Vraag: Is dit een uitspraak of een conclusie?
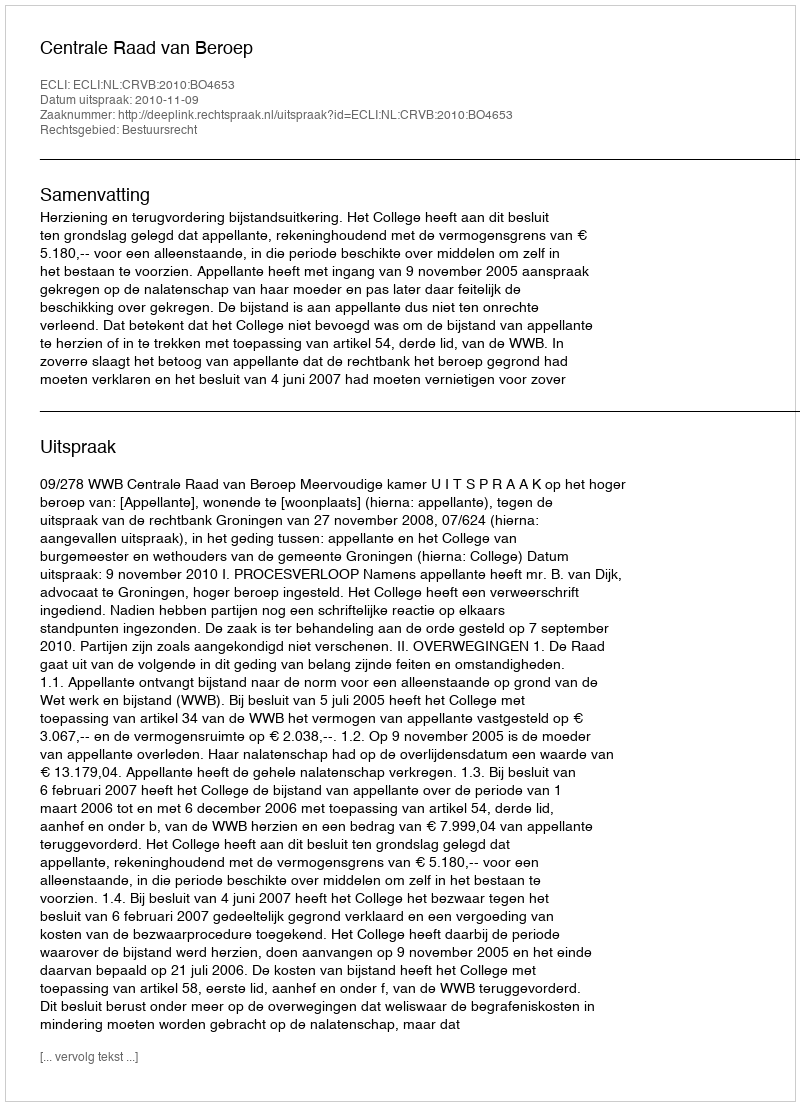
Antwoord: Uitspraak